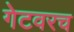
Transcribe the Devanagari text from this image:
गेटवरच